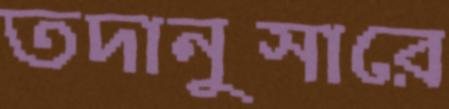
তদানুসারে